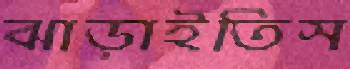
ঝাড়াইতিস